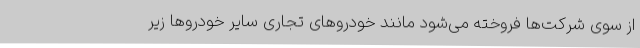
از سوی شرکت‌ها فروخته می‌شود مانند خودروهای تجاری سایر خودروها زیر